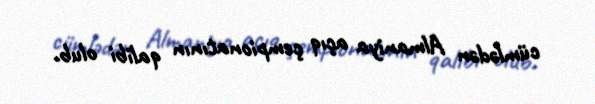
cümlədən Almaniya açıq çempionatının qalibi olub.